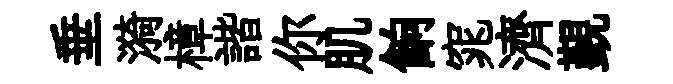
垂漪樟諧你肌餉窕濟覲